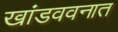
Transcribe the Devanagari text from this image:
खांडववनात